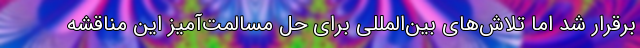
برقرار شد اما تلاش‌های بین‌المللی برای حل مسالمت‌آمیز این مناقشه